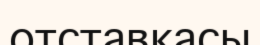
отставкасы